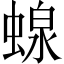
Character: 𧍭